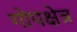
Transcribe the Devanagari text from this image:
गोपक्षेत्र